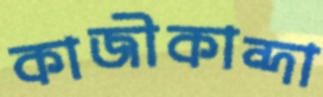
কাজীকান্দা